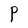
Character: P